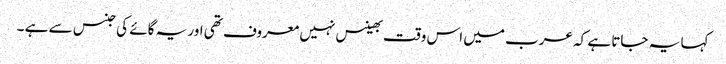
کہا یہ جاتا ہے کہ عرب میں اس وقت بھینس نہیں معروف تھی اور یہ گائے کی جنس سے ہے ۔